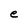
Character: e